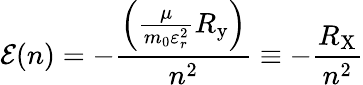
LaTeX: \mathcal{E}(n)=-{\frac{{\left({\frac{{\mu}}{{m_{0}\varepsilon_{r}^{2}}}}R_{\mathrm{{y}}}\right)}}{{n^{2}}}}\equiv-{\frac{{R_{\mathrm{{X}}}}}{{n^{2}}}}